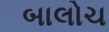
બાલોચ